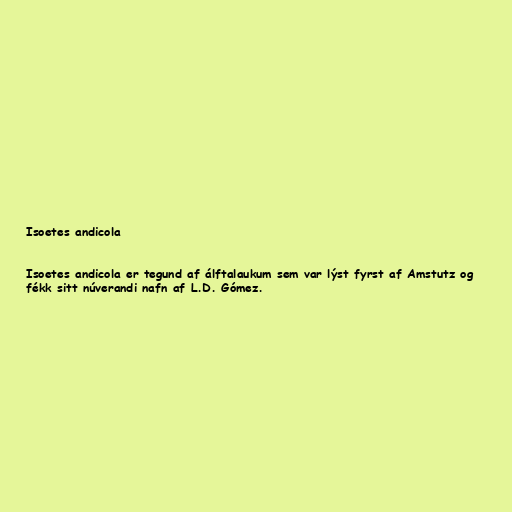
Isoetes andicola

Isoetes andicola er tegund af álftalaukum sem var lýst fyrst af Amstutz og
fékk sitt núverandi nafn af L.D. Gómez.